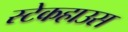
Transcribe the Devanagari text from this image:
स्टेकहाउस